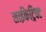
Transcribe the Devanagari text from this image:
साईकेट्रिक्ट